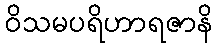
ဝိသမပရိဟာရဇာနိ